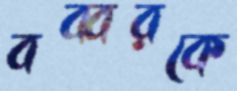
বব্বরকে